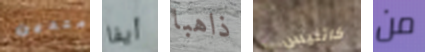
متدين أيفا ذاهبا كاتنيس من